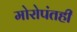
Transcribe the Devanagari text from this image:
मोरोपंतही